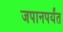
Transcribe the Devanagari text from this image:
जपानपर्यंत